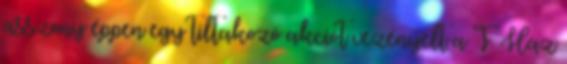
asszony éppen egy tiltakozó akciót vezényelt a T. Ház